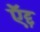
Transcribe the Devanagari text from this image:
ऍद्द